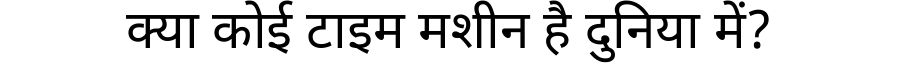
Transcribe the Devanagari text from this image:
क्या कोई टाइम मशीन है दुनिया में?